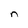
Character: n